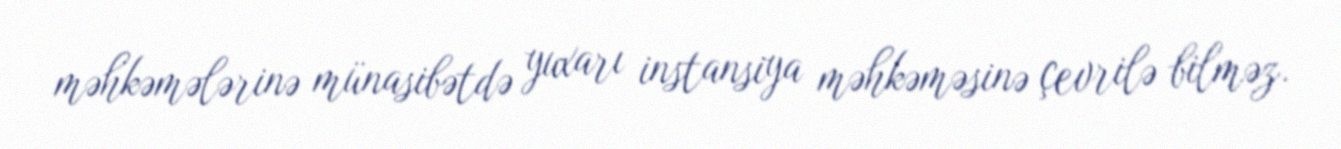
məhkəmələrinə münasibətdə yuxarı instansiya məhkəməsinə çevrilə bilməz.